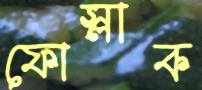
ফোস্‌লাক